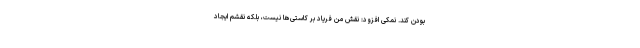
بودن کند. نمکی افزود: نقش من فریاد بر کاستی‌ها نیست، بلکه نقشم ایجاد